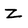
Character: z